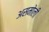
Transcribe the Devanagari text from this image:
असमोली